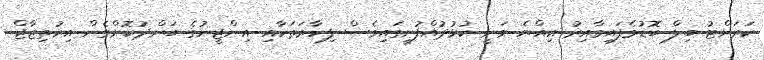
ކަރަންޓު ބިލް ބޮޑުވެފައިވާއިރު އިއްޔެ ވަނީ ކުޅުދުއްފުށީގައިވެސް ފިހާރަތަކާއި އިންޖީނުގެ ބަންދުކޮށްގެން އިހުތިޖާޖް